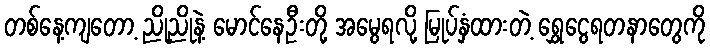
တစ်နေ့ကျတော့ ညိုညိုနဲ့ မောင်နေဦးတို့ အမွေရလို့ မြုပ်နှံထားတဲ့ ရွှေငွေရတနာတွေကို